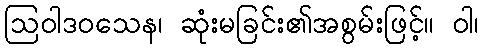
ဩဝါဒဝသေန၊ ဆုံးမခြင်း၏အစွမ်းဖြင့်။ ဝါ၊